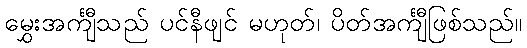
မွှေးအင်္ကျီသည် ပင်နီဖျင် မဟုတ်၊ ပိတ်အင်္ကျီဖြစ်သည်။